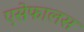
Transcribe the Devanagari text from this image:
एसेफालस